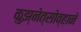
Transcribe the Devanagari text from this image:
कुझ्नेत्सोव्हाने